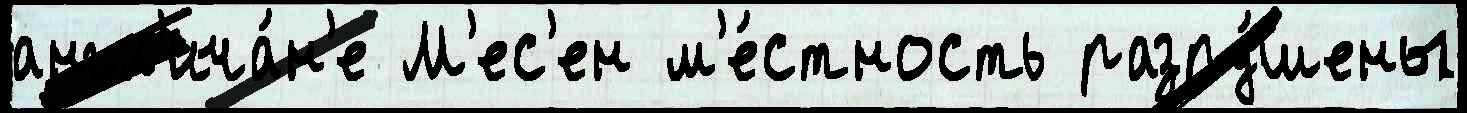
англ'ича́н'е М'ес'ен м'е́стность разру́шены